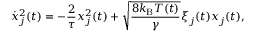
\dot { x } _ { j } ^ { 2 } ( t ) = - \frac { 2 } { \tau } x _ { j } ^ { 2 } ( t ) + \sqrt { \frac { 8 k _ { \mathrm { B } } T ( t ) } { \gamma } } \xi _ { j } ( t ) x _ { j } ( t ) ,